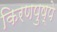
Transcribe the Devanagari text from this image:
किरणपुष्पे